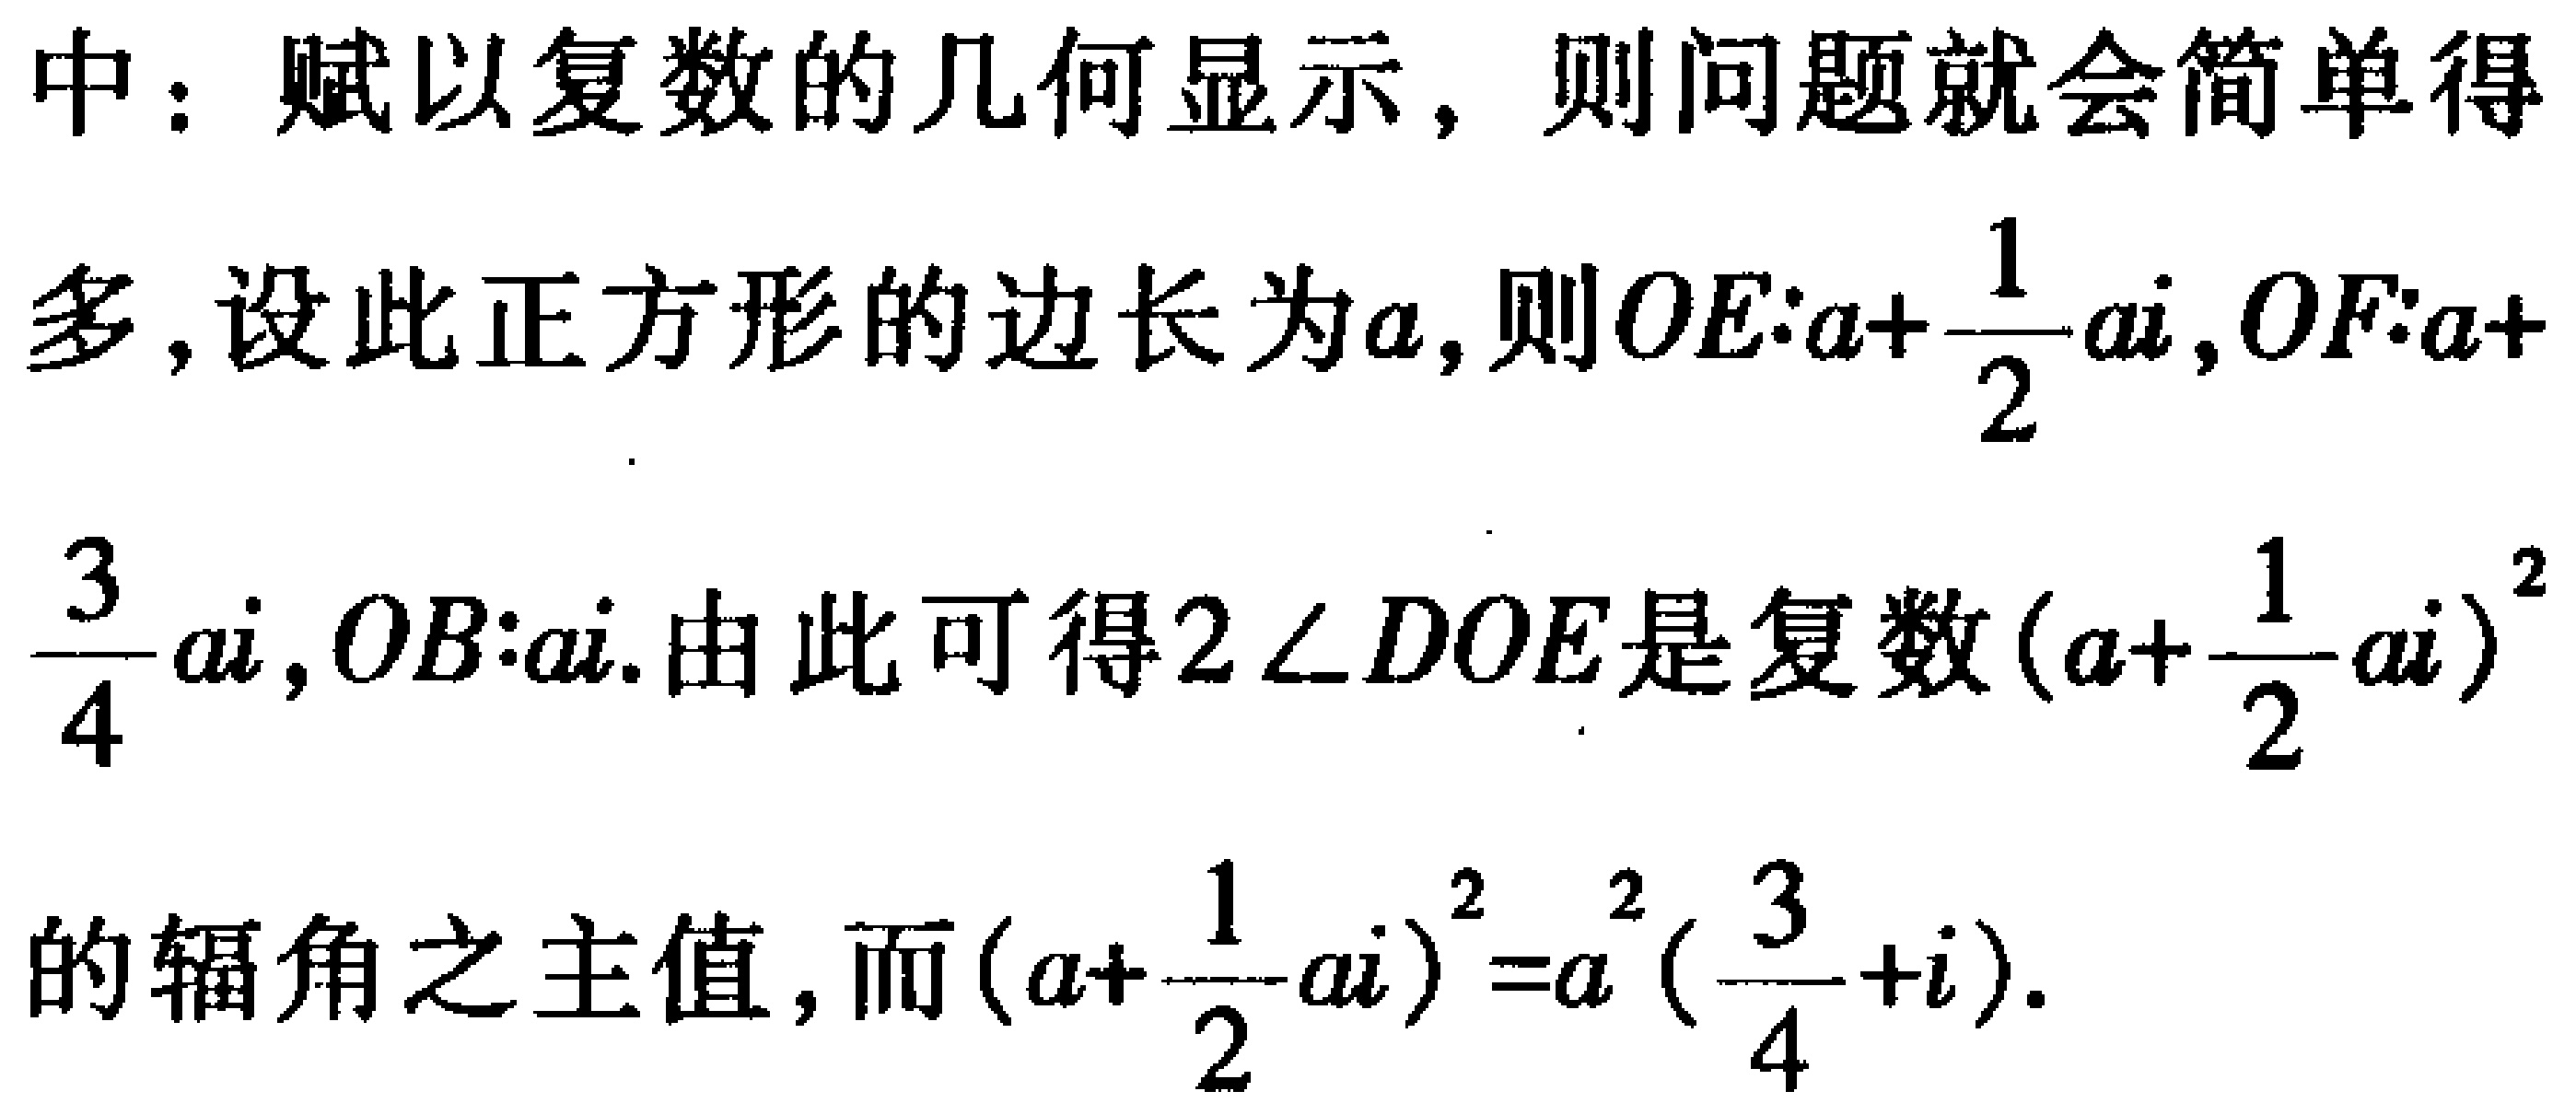
中：赋以复数的几何显示，则问题就会简单得
多，设此正方形的边长为\(a\)，则\(OE:a + \frac{1}{2}ai\)，\(OF:a +
\frac{3}{4}ai\)，\(OB:ai\). 由此可得\(2\angle DOE\)是复数\((a + \frac{1}{2}ai)^2\)
的辐角之主值，而\((a + \frac{1}{2}ai)^2 = a^2(\frac{3}{4} + i)\).